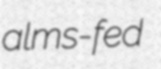
alms-fed